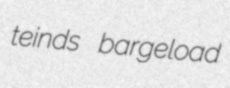
teinds bargeload